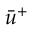
\bar { u } ^ { + }